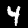
Label: 4